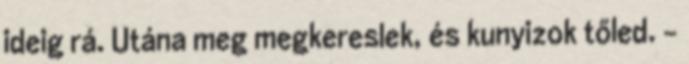
ideig rá. Utána meg megkereslek, és kunyizok tőled. –